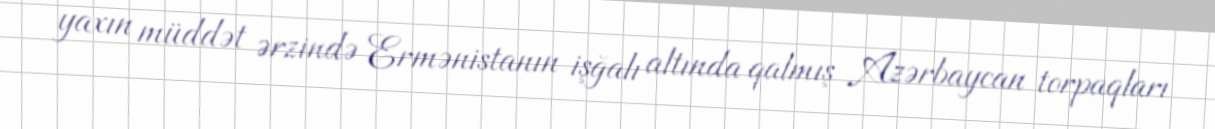
yaxın müddət ərzində Ermənistanın işğalı altında qalmış Azərbaycan torpaqları